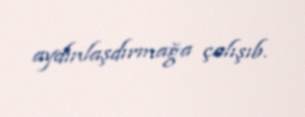
aydınlaşdırmağa çalışıb.